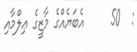
:  50     އެބަޔެއްގެ މާޒީގެ ޢިލްމާއި